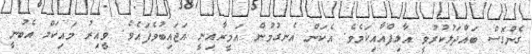
ގެންގޮސް ބައްދަލުކުރުވީ އާލިފްއާއިކަމެވެ. އެކަން އެނގުމުން އަމީރާއިނީ އަޖައިބުވެފައެވެ. ވީއިރު މައިކަލް އެބުނީ